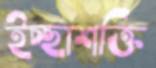
ইচ্ছাশক্তি